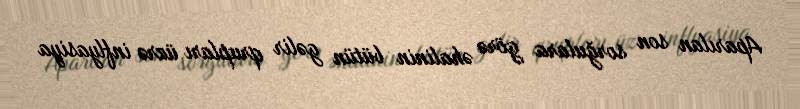
Aparılan son sorğulara görə əhalinin bütün gəlir qrupları üzrə inflyasiya